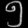
Digit: ၅